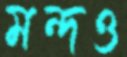
মন্দও